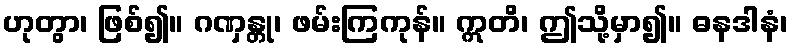
ဟုတွာ၊ ဖြစ်၍။ ဂဏှန္တု၊ ဖမ်းကြကုန်။ ဣတိ၊ ဤသို့မှာ၍။ ဓနဒါနံ၊